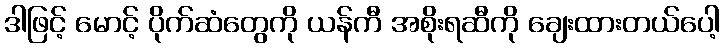
ဒါဖြင့် မောင့် ပိုက်ဆံတွေကို ယန်ကီ အစိုးရဆီကို ချေးထားတယ်ပေါ့